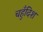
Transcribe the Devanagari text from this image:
चहुँदिश